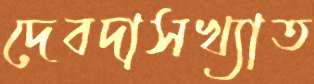
দেবদাসখ্যাত